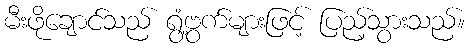
မီးဖိုချောင်သည် ရွံ့ဗွက်များဖြင့် ပြည့်သွားသည်။